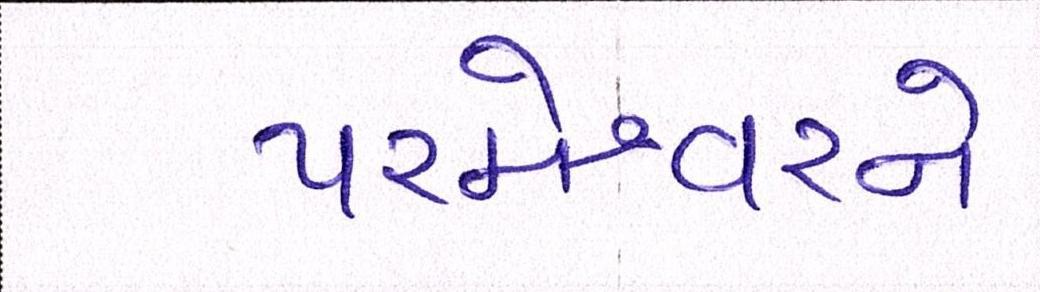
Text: પરમેશ્વરને